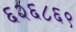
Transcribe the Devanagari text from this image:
६२६८६९